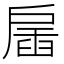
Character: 𢩖